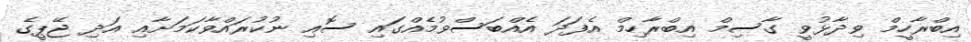
އިބްރާހީމް ވިދާޅުވީ ގާސިމް އިބްރާހިމް އެފަދަ އެއްބަސްވުމެއްގައި ސޮއި ނުކުރައްވާކަމަށާއި އަދި ޖޭޕީގެ